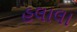
હલાલા